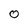
Character: O